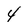
Character: 4